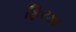
ફિરકા